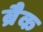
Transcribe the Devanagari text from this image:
ब्रैक